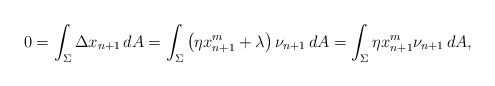
\begin{align*}0=\int_\Sigma \Delta x_{n+1}\,dA=\int_\Sigma \left(\eta x_{n+1}^m+\lambda\right)\nu_{n+1}\, dA=\int_\Sigma \eta x_{n+1}^m\nu_{n+1}\, dA,\end{align*}